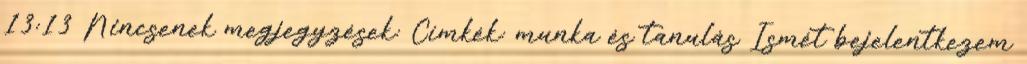
13:13 Nincsenek megjegyzések: Címkék: munka és tanulás Ismét bejelentkezem